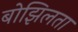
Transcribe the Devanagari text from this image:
बोझिलता